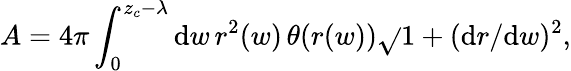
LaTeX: A=4\pi\int_{0}^{z_{c}-\lambda}\mathrm{d}w\, r^{2}(w)\, \theta(r(w))\sqrt{}{{1+(\mathrm{d}r/\mathrm{d}w)^{2}}},